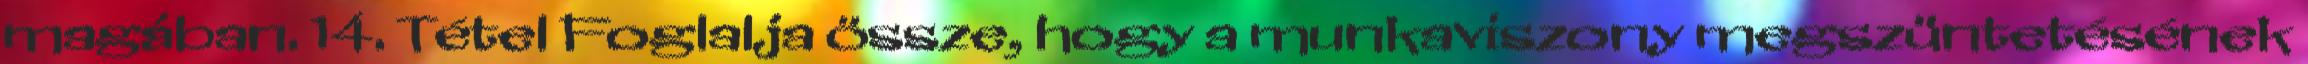
magában. 14. Tétel Foglalja össze, hogy a munkaviszony megszüntetésének